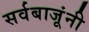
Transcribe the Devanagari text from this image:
सर्वबाजूंनी